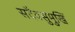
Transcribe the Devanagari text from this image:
सदैवसुमुखिं